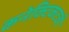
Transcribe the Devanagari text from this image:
कनेक्टिकटची